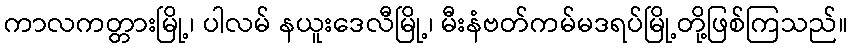
ကာလကတ္တားမြို့၊ ပါလမ် နယူးဒေလီမြို့၊ မီးနံဗတ်ကမ်မဒရပ်မြို့တို့ဖြစ်ကြသည်။